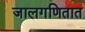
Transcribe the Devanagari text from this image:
जालगणितात